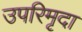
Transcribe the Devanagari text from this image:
उपरिमृदा